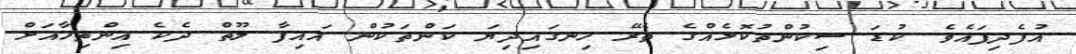
އުފެދިފައެވެ. ކުޑަ ސިކުންތުކޮޅެއްގެ ތެރޭ ހިނގައިދިޔަ ކަންތަކުން އައިފާ ލޫތް ދެކެ އިންތިހާއަށް